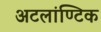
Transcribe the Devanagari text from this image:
अटलांण्टिक